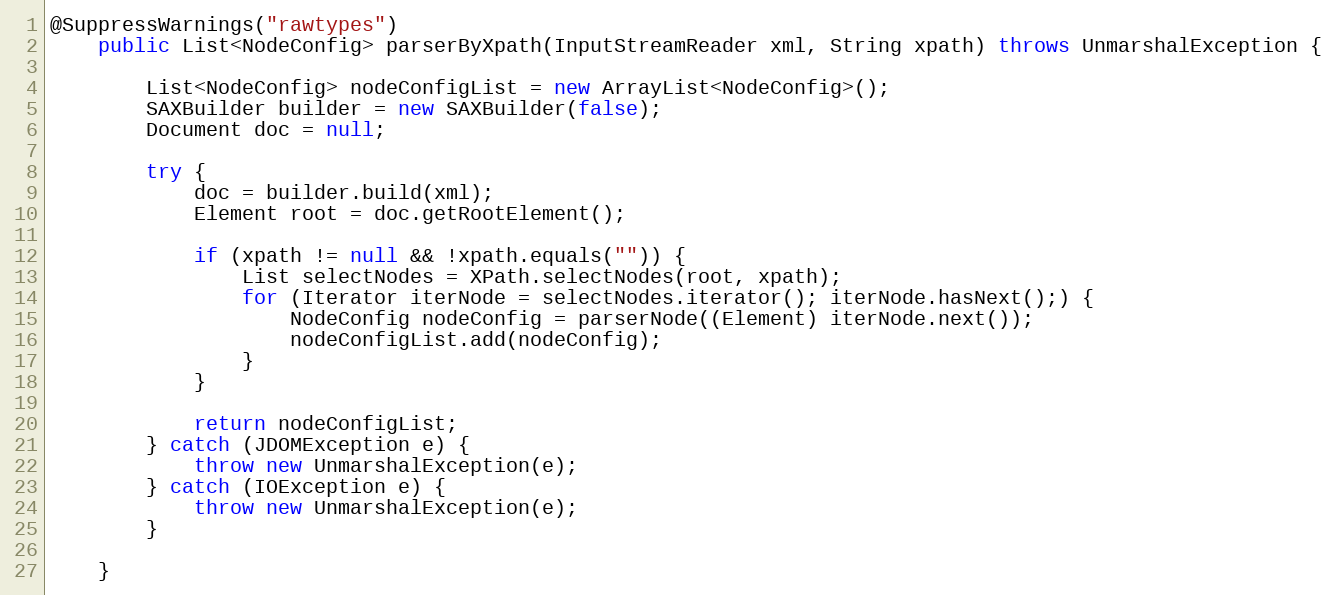
Language: Java
@SuppressWarnings("rawtypes")
	public List<NodeConfig> parserByXpath(InputStreamReader xml, String xpath) throws UnmarshalException {

		List<NodeConfig> nodeConfigList = new ArrayList<NodeConfig>();
		SAXBuilder builder = new SAXBuilder(false);
		Document doc = null;

		try {
			doc = builder.build(xml);
			Element root = doc.getRootElement();

			if (xpath != null && !xpath.equals("")) {
				List selectNodes = XPath.selectNodes(root, xpath);
				for (Iterator iterNode = selectNodes.iterator(); iterNode.hasNext();) {
					NodeConfig nodeConfig = parserNode((Element) iterNode.next());
					nodeConfigList.add(nodeConfig);
				}
			}

			return nodeConfigList;
		} catch (JDOMException e) {
			throw new UnmarshalException(e);
		} catch (IOException e) {
			throw new UnmarshalException(e);
		}

	}